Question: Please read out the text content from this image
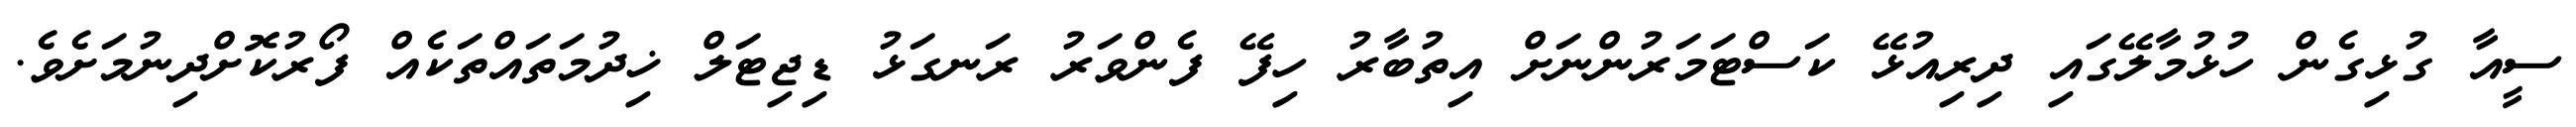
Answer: ސީއާ ގުޅިގެން ހުޅުމާލޭގައި ދިރިއުޅޭ ކަސްޓަމަރުންނަށް އިތުބާރު ހިފޭ ފެންވަރު ރަނގަޅު ޑިޖިޓަލް ޚިދުމަތައްތަކެއް ފޯރުކޮށްދިނުމަށެވެ.